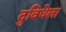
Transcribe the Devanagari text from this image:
दुविधेला